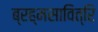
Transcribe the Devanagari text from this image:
ब्रह्मसावित्रि